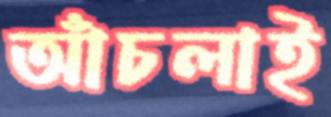
আঁচলাই